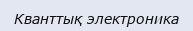
Кванттық электроника